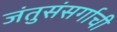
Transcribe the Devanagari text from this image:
जंतुसंसर्गाची